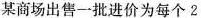
某商场出售一批进价为每个2